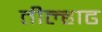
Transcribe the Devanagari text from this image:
तील्हाढ